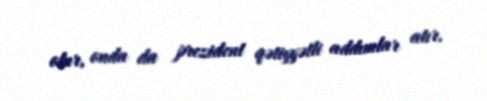
olur, onda da prezident qətiyyətli addımlar atır.